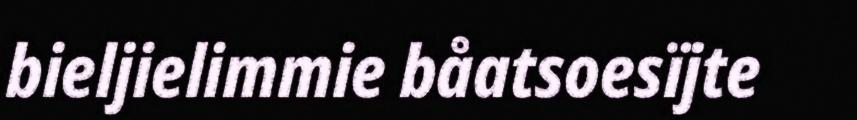
bieljielimmie båatsoesïjte